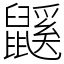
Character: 鼷